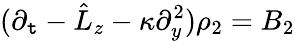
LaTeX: (\partial_{\mathtt{t}}-\hat{{L}}_{z}-\kappa\partial_{y}^{2})\rho_{2}=B_{2}